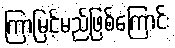
ကြာမြင့်မည်ဖြစ်ကြောင်း